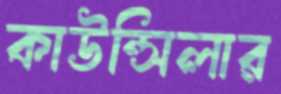
কাউন্সিলার